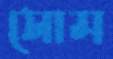
সোম